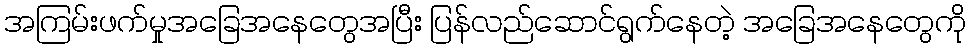
အကြမ်းဖက်မှုအခြေအနေတွေအပြီး ပြန်လည်ဆောင်ရွက်နေတဲ့ အခြေအနေတွေကို